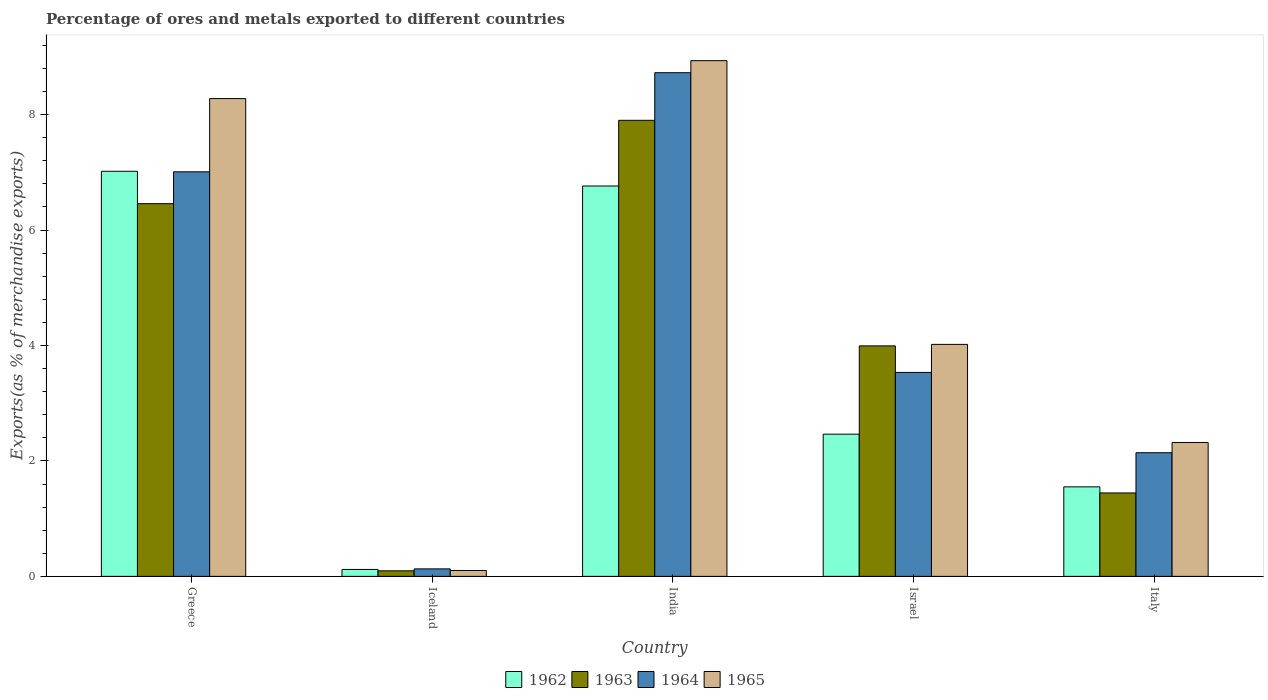
| Country | 1962 | 1963 | 1964 | 1965 |
 | --- | --- | --- | --- | --- |
 | Greece | 7.02 | 6.46 | 7.01 | 8.28 |
 | Iceland | 0.12 | 0.0958 | 0.13 | 0.102 |
 | India | 6.76 | 7.9 | 8.73 | 8.94 |
 | Israel | 2.46 | 3.99 | 3.53 | 4.02 |
 | Italy | 1.55 | 1.45 | 2.14 | 2.32 |